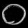
Digit: ၀